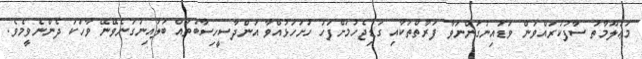
މަޢުލޫމާތު ސާފުކުރައްވަން ވަޑައިނުގަންނަވާ ފަރާތްތަކާއި ގަޑިޖެހުމަށްފަހު ހުށަހަޅުއްވާ އަންދާސީހިސާބުތައް ބަލައިނުގަނެވޭނޭ ވާހަކަ ދެންނެވީމެވެ.